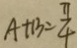
A + B = \frac { \pi } { 4 }